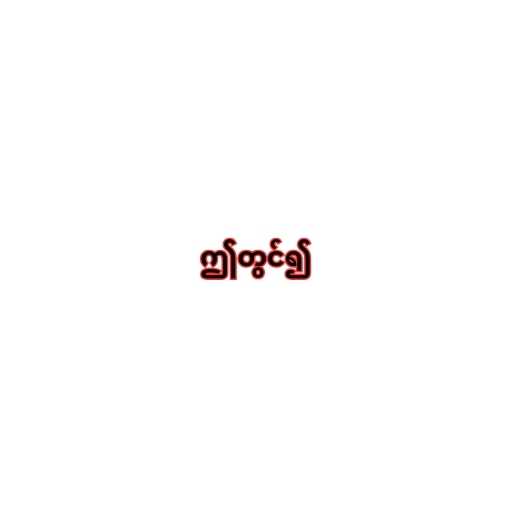
ဤတွင်၍